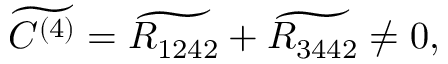
\widetilde { C ^ { ( 4 ) } } = \widetilde { R _ { 1 2 4 2 } } + \widetilde { R _ { 3 4 4 2 } } \neq 0 ,